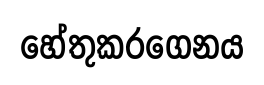
හේතුකරගෙනය